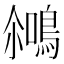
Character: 𪂘